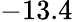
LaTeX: -13.4